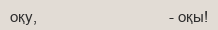
оқу,                                 - оқы!